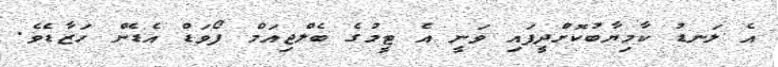
އެ ލަނޑު ކާމިޔާބުކޮށްދީފައި ވަނީ އެ ޓީމުގެ ބެލްޖިއަމް ފޯވަޑް އެޑެން ހަޒާޑެވެ.